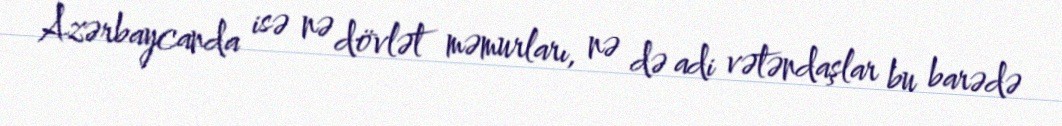
Azərbaycanda isə nə dövlət məmurları, nə də adi vətəndaşlar bu barədə